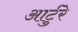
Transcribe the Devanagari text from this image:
आर्टुरे